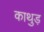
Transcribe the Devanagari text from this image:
काथुड़